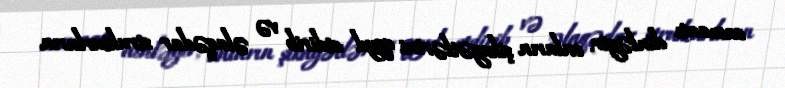
camaatı dinləyir, onların şikayətlərini qeyd etdirib və əlaqədar strukturların